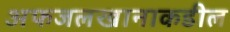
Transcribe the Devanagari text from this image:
अफजलखानाकडील